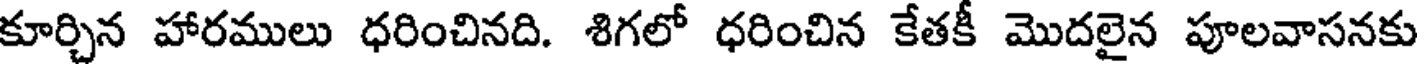
కూర్చిన హారములు ధరించినది. శిగలో ధరించిన కేతకీ మొదలైన పూలవాసనకు